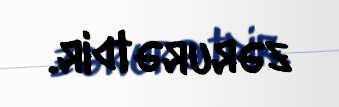
zərurətdir.